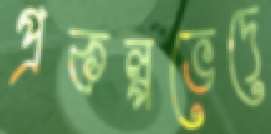
প্রকল্পভেদে